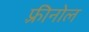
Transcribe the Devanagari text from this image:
फ़्रीनोल